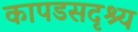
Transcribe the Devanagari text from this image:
कापडसदृश्य